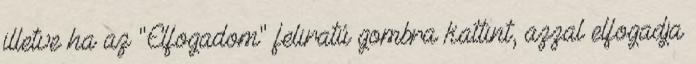
illetve ha az "Elfogadom" feliratú gombra kattint, azzal elfogadja